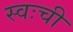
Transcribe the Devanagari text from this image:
स्वःची